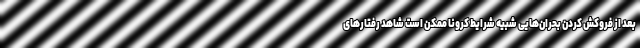
بعد از فروکش کردن بحران‌هایی شبیه شرایط کرونا ممکن است شاهد رفتارهای